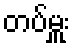
တပ်မှူး